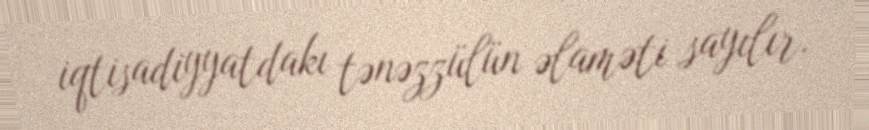
iqtisadiyyatdakı tənəzzülün əlaməti sayılır.